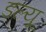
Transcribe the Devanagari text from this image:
डल्यू